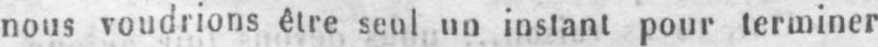
nous voudrions être seul un instant pour terminer